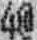
4@